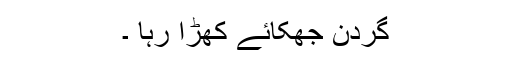
گردن جھکائے کھڑا رہا ۔